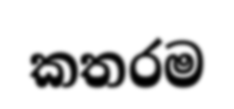
කතරම